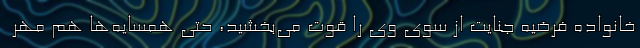
خانواده فرضیه جنایت از سوی وی را قوت می‌بخشید، حتی همسایه‌ها هم مهر